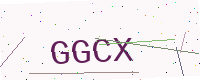
Text: GGCX